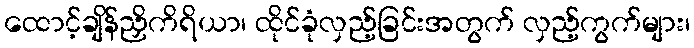
ထောင့်ချိန်ညှိကိရိယာ၊ ထိုင်ခုံလှည့်ခြင်းအတွက် လှည့်ကွက်များ၊